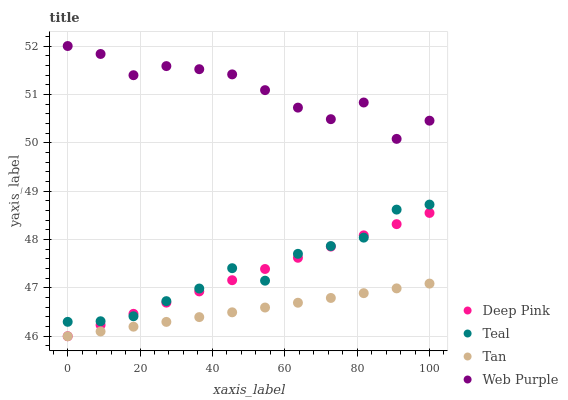
| xaxis_label | Deep Pink | Teal | Tan | Web Purple |
 | --- | --- | --- | --- | --- |
 | 0 | 46 | 46.3 | 46 | 52 |
 | 9.09 | 46.2 | 46.3 | 46.1 | 51.8 |
 | 18.2 | 46.5 | 46.4 | 46.2 | 51.4 |
 | 27.3 | 46.7 | 46.7 | 46.3 | 51.6 |
 | 36.4 | 46.9 | 47 | 46.4 | 51.5 |
 | 45.5 | 47.2 | 47.4 | 46.5 | 51.4 |
 | 54.5 | 47.4 | 47.1 | 46.6 | 51.1 |
 | 63.6 | 47.6 | 47.7 | 46.7 | 50.7 |
 | 72.7 | 47.9 | 47.9 | 46.8 | 50.5 |
 | 81.8 | 48.1 | 48 | 46.9 | 50.8 |
 | 90.9 | 48.3 | 48.6 | 47 | 50.1 |
 | 100 | 48.5 | 48.7 | 47.1 | 50.5 |